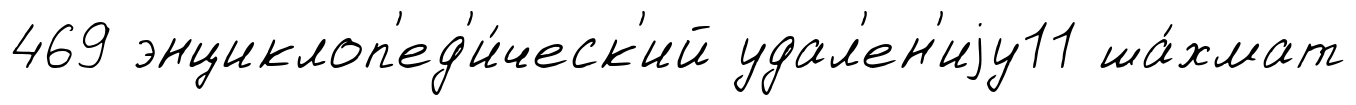
469 энциклоп'ед'и́ческ'ий удал'ен'иjу11 ша́хмат